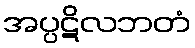
အပ္ပဋိလဘတံ